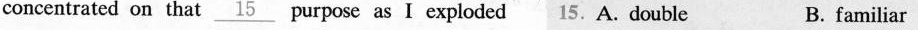
concentrated on that \underline{15}purpose as I exploded 15.A. Double B. familiar